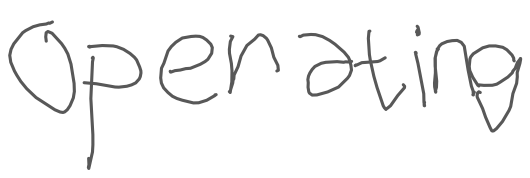
Text: Operating
Cross-out: clean
Writing tool: digital_gray